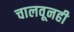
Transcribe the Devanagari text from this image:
चालवूनही